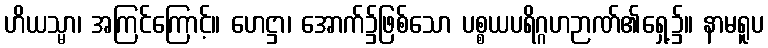
ဟိယသ္မာ၊ အကြင်ကြောင့်။ ဟေဋ္ဌာ၊ အောက်၌ဖြစ်သော ပစ္စယပရိဂ္ဂဟဉာဏ်၏ရှေ့၌။ နာမရူပ